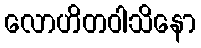
လောဟိတဝါသိနော